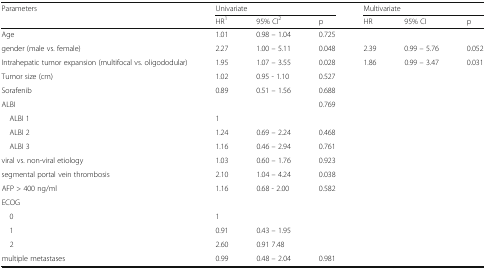
<table><thead><tr><td rowspan="2"><b>Parameters</b></td><td colspan="3"><b>Univariate</b></td><td colspan="3"><b>Multivariate</b></td></tr><tr><td><b>HR<sup>1</sup></b></td><td><b>95% CI<sup>2</sup></b></td><td><b>p</b></td><td><b>HR</b></td><td><b>95% CI</b></td><td><b>p</b></td></tr></thead><tbody><tr><td>Age</td><td>1.01</td><td>0.98 – 1.04</td><td>0.725</td><td></td><td></td><td></td></tr><tr><td>gender (male vs. female)</td><td>2.27</td><td>1.00 – 5.11</td><td>0.048</td><td>2.39</td><td>0.99 – 5.76</td><td>0.052</td></tr><tr><td>Intrahepatic tumor expansion (multifocal vs. oligododular)</td><td>1.95</td><td>1.07 – 3.55</td><td>0.028</td><td>1.86</td><td>0.99 – 3.47</td><td>0.031</td></tr><tr><td>Tumor size (cm)</td><td>1.02</td><td>0.95 - 1.10</td><td>0.527</td><td></td><td></td><td></td></tr><tr><td>Sorafenib</td><td>0.89</td><td>0.51 – 1.56</td><td>0.688</td><td></td><td></td><td></td></tr><tr><td>ALBI</td><td></td><td></td><td>0.769</td><td></td><td></td><td></td></tr><tr><td> ALBI 1</td><td>1</td><td></td><td></td><td></td><td></td><td></td></tr><tr><td> ALBI 2</td><td>1.24</td><td>0.69 – 2.24</td><td>0.468</td><td></td><td></td><td></td></tr><tr><td> ALBI 3</td><td>1.16</td><td>0.46 – 2.94</td><td>0.761</td><td></td><td></td><td></td></tr><tr><td>viral vs. non-viral etiology</td><td>1.03</td><td>0.60 – 1.76</td><td>0.923</td><td></td><td></td><td></td></tr><tr><td>segmental portal vein thrombosis</td><td>2.10</td><td>1.04 – 4.24</td><td>0.038</td><td></td><td></td><td></td></tr><tr><td>AFP &gt; 400 ng/ml</td><td>1.16</td><td>0.68 - 2.00</td><td>0.582</td><td></td><td></td><td></td></tr><tr><td>ECOG</td><td></td><td></td><td></td><td></td><td></td><td></td></tr><tr><td> 0</td><td>1</td><td></td><td></td><td></td><td></td><td></td></tr><tr><td> 1</td><td>0.91</td><td>0.43 – 1.95</td><td></td><td></td><td></td><td></td></tr><tr><td> 2</td><td>2.60</td><td>0.91 7.48</td><td></td><td></td><td></td><td></td></tr><tr><td>multiple metastases</td><td>0.99</td><td>0.48 – 2.04</td><td>0.981</td><td></td><td></td><td></td></tr></tbody></table>